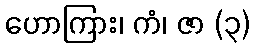
ဟောကြား၊ ကံ၊ ဇာ (၃)